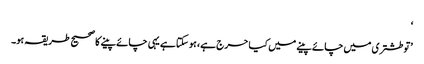
‘
’تو طشتری میں چائے پینے میں کیا حرج ہے، ہو سکتا ہے یہی چائے پینے کا صحیح طریقہ ہو۔